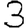
Digit: 3